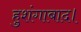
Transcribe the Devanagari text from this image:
हुशंगाबाद।